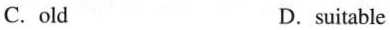
C. old